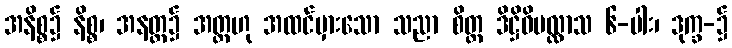
အနိစ္စ၌ နိစ္စ၊ အနတ္တ၌ အတ္တဟု အထင်မှားသော သညာ စိတ္တ ဒိဋ္ဌိဝိပလ္လာသ ၆-ပါး၊ ဒုက္ခ-၌